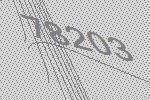
78203